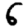
Digit: 6